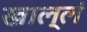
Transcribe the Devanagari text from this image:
खाल्लं